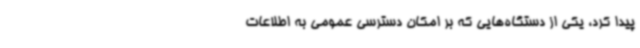
پیدا کرد، یکی از دستگاه‌هایی که بر امکان دسترسی عمومی به اطلاعات